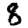
Digit: 8